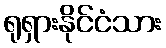
ရုရှားနိုင်ငံသား